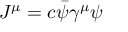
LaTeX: J ^ { \mu } = c { \bar { \psi } } \gamma ^ { \mu } \psi